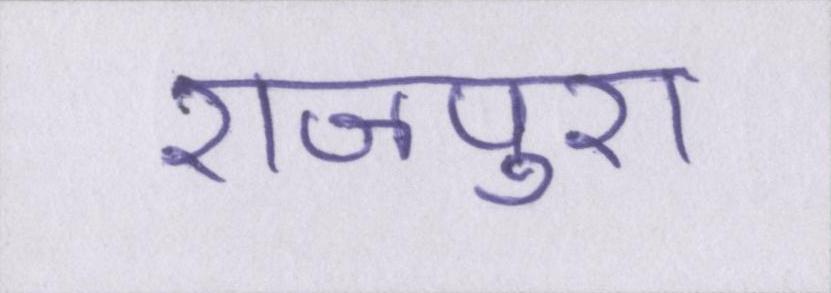
राजपुरा